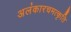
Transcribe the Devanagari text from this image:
अलंकारचमत्कृति